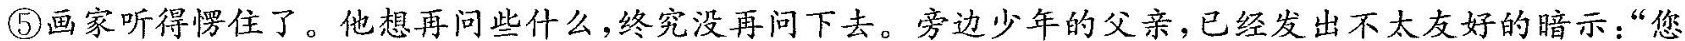
⑤画家听得愣住了。他想再问些什么，终究没再问下去。旁边少年的父亲，已经发出不太友好的暗示:“您